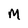
Character: M